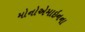
મોનોએમાઇનના